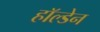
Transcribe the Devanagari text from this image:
हाॅल्डेन